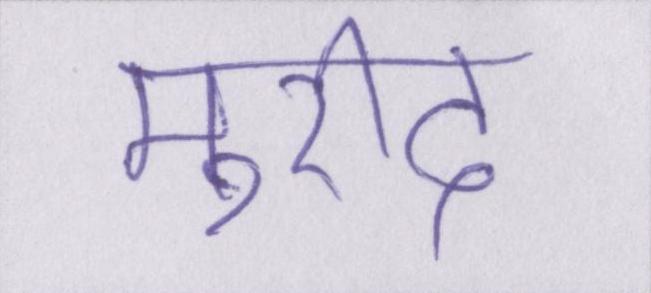
मुरीद